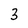
Character: 3